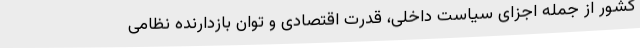
کشور از جمله اجزای سیاست داخلی، قدرت اقتصادی و توان بازدارندهٔ نظامی